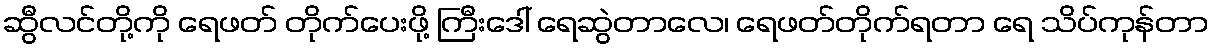
ဆွီလင်တို့ကို ရေဖတ် တိုက်ပေးဖို့ ကြီးဒေါ် ရေဆွဲတာလေ၊ ရေဖတ်တိုက်ရတာ ရေ သိပ်ကုန်တာ